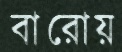
বারোয়